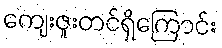
ကျေးဇူးတင်ရှိကြောင်း